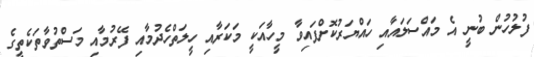
ފުލުހުން ބުނީ އެ މައްސަލައާއި ހައްޔަރުކޮށްފައިވާ މީހާއަކީ މަކަރާއި ހީލަތްހެދުމާއި ފޭރުމާއި މަސްތުވާތަކެތީގެ